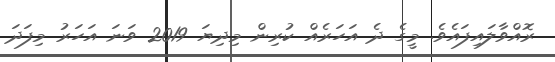
ރޮއްވާލައިފައެވެ. މީގެ ދެ އަހަރެއް ކުރިން މިދިޔަ 2019 ވަނަ އަހަރު މިފަދަ